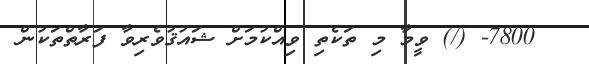
7800- (/) ވީމާ މި ތަކެތި ވިއްކުމަށް ޝައުޤުވެރިވާ ފަރާތްތަކުން